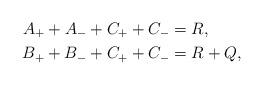
LaTeX: \begin{align*}A_{+}+A_{-}+C_{+}+C_{-}&=R,\\B_{+}+B_{-}+C_{+}+C_{-}&=R+Q,\end{align*}